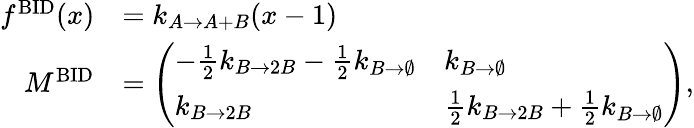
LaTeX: \begin{array}{rl}{f^{\mathrm{BID}}(x)}&{=k_{A\to A+B}(x-1)}\\ {M^{\mathrm{BID}}}&{=\left(\begin{array}{ll}{-\frac{1}{2}k_{B\to 2B}-\frac{1}{2}k_{B\to\emptyset}}&{k_{B\to\emptyset}}\\ {k_{B\to 2B}}&{\frac{1}{2}k_{B\to 2B}+\frac{1}{2}k_{B\to\emptyset}}\end{array}\right),}\end{array}